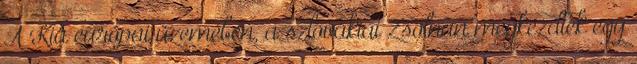
A Kia európai üzemében, a szlovákiai Zsolnán megkezdték egy